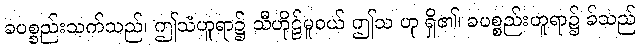
ခပစ္စည်းသက်သည်၊ ဤသံဟူရာ၌ သီဟိုဠ်မူဝယ် ဤသ ဟု ရှိ၏၊ ခပစ္စည်းဟူရာ၌ ခ်သည်